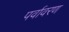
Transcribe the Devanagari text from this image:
पर्वावरण